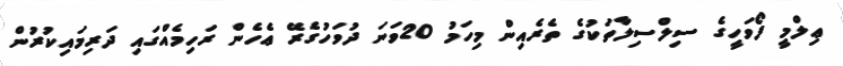
ޢިލްމީ ފޯވަހީގެ ސިލްސިލާތަކުގެ ތެރެއިން މިހަމު 20ވަނަ ދުވަހުގެރޭ ޢެހެން ރަހިމެއްގައި ދަރިމައިކުރުން